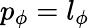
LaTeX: p_{\phi}=l_{\phi}